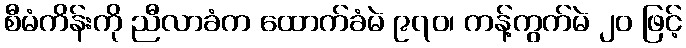
စီမံကိန်းကို ညီလာခံက ထောက်ခံမဲ ၉၇၀၊ ကန့်ကွက်မဲ ၂၀ ဖြင့်